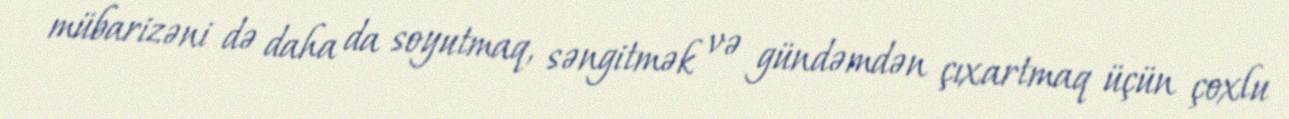
mübarizəni də daha da soyutmaq, səngitmək və gündəmdən çıxartmaq üçün çoxlu